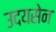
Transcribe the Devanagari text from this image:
उदयसेन